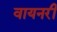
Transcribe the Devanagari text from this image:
वायनरी